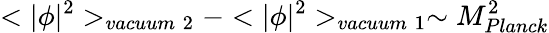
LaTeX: <|\phi|^{2}>_{vacuum\; 2}-<|\phi|^{2}>_{vacuum\; 1}\sim M_{Planck}^{2}